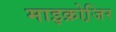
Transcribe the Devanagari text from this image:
माइक्रोजि़र